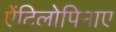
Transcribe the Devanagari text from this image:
ऐंटिलोपिनाए